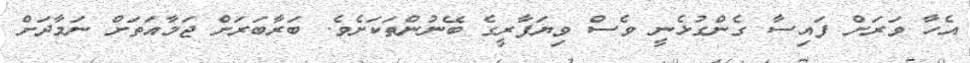
އެހާ ވަރަށް ފައިސާ ގެންގުޅެނީ ވެސް ވިޔަފާރީގެ ބޭނުންތަކަށެވެ. ބަރާބަރަށް ޖަމާއަތަށް ނަމާދަށް